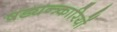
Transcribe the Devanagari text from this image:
षड्यन्त्र्कारियों